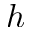
h